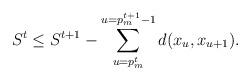
LaTeX: \begin{align*} S^t \le S^{t+1} - \sum_{u = p_m^t}^{u= p_m^{t+1} -1 }d(x_{u},x_{u+1}). \end{align*}